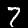
Digit: 7